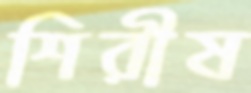
শিরীষ